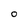
Character: 0